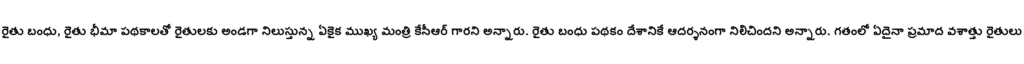
రైతు బంధు, రైతు భీమా పథకాలతో రైతులకు అండగా నిలుస్తున్న ఏకైక ముఖ్య మంత్రి కేసీఆర్ గారని అన్నారు. రైతు బంధు పథకం దేశానికే ఆదర్శనంగా నిలిచిందని అన్నారు. గతంలో ఏదైనా ప్రమాద వశాత్తు రైతులు